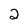
Character: 2